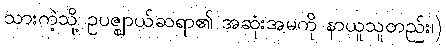
သားကဲ့သို့ ဥပဇ္ဈာယ်ဆရာ၏ အဆုံးအမကို နာယူသူတည်း၊)